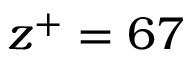
z ^ { + } = 6 7